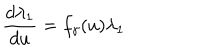
\frac { d \lambda _ { 1 } } { d u } = f _ { \gamma } ( u ) \lambda _ { 1 }